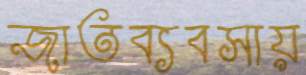
জাতব্যবসায়